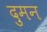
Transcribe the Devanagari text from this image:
दुमन